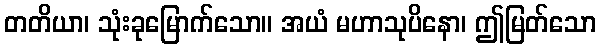
တတိယာ၊ သုံးခုမြောက်သော။ အယံ မဟာသုပိနော၊ ဤမြတ်သော